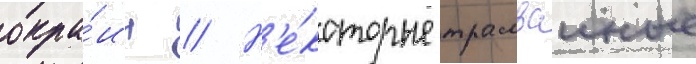
окра́ин // Н'е́которые трамваиные